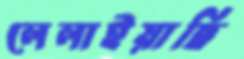
লেলাইয়াছি